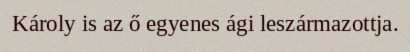
Károly is az ő egyenes ági leszármazottja.